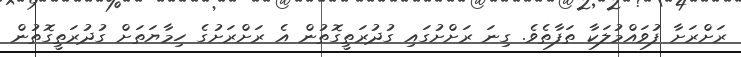
ރަށްރަށާ ފުވައްމުލަކާ ތަފާތެވެ. ގިނަ ރަށްށުގައި ގުދުރަތީގޮތުން އެ ރަށްރަށުގެ ހިމާޔަތަށް ގުދުރަތީގޮތުން